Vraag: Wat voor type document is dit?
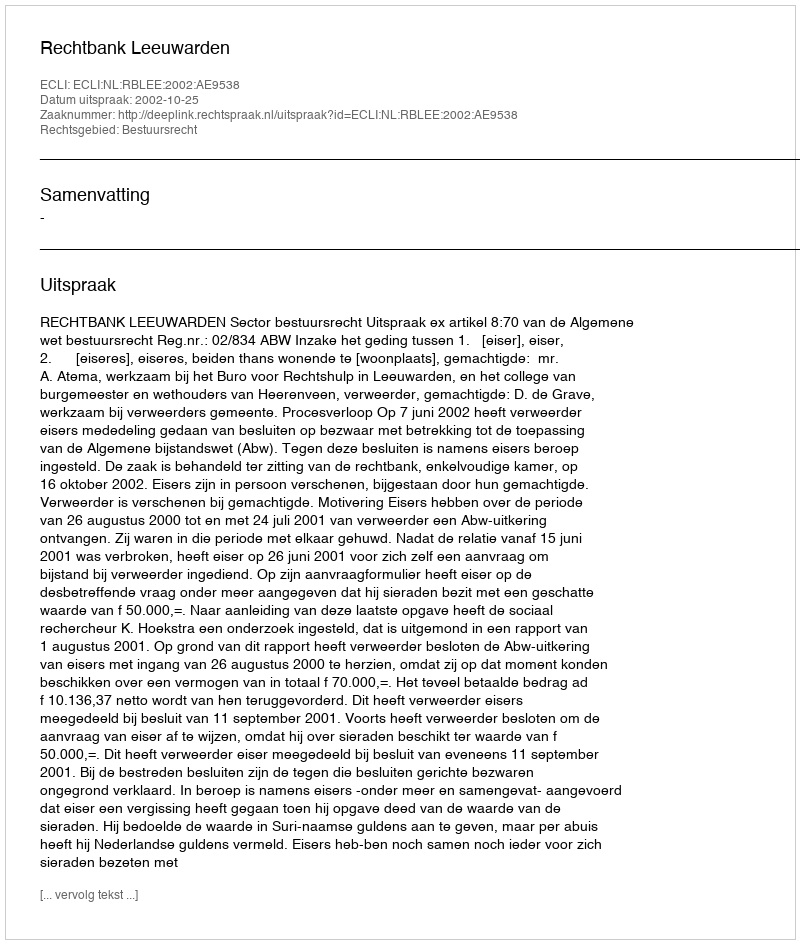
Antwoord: Uitspraak